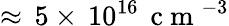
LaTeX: \approx\, 5\times\, 10^{16}\, \mathrm{~c~m~}^{-3}